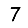
Digit: 7